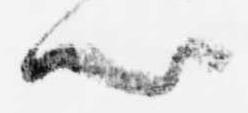
心